DOW-UAP-D18, Mission Report, Iraq, December 2022
Agency: Department of War
Incident date: 12/1/22
Incident location: Iraq
Page 2
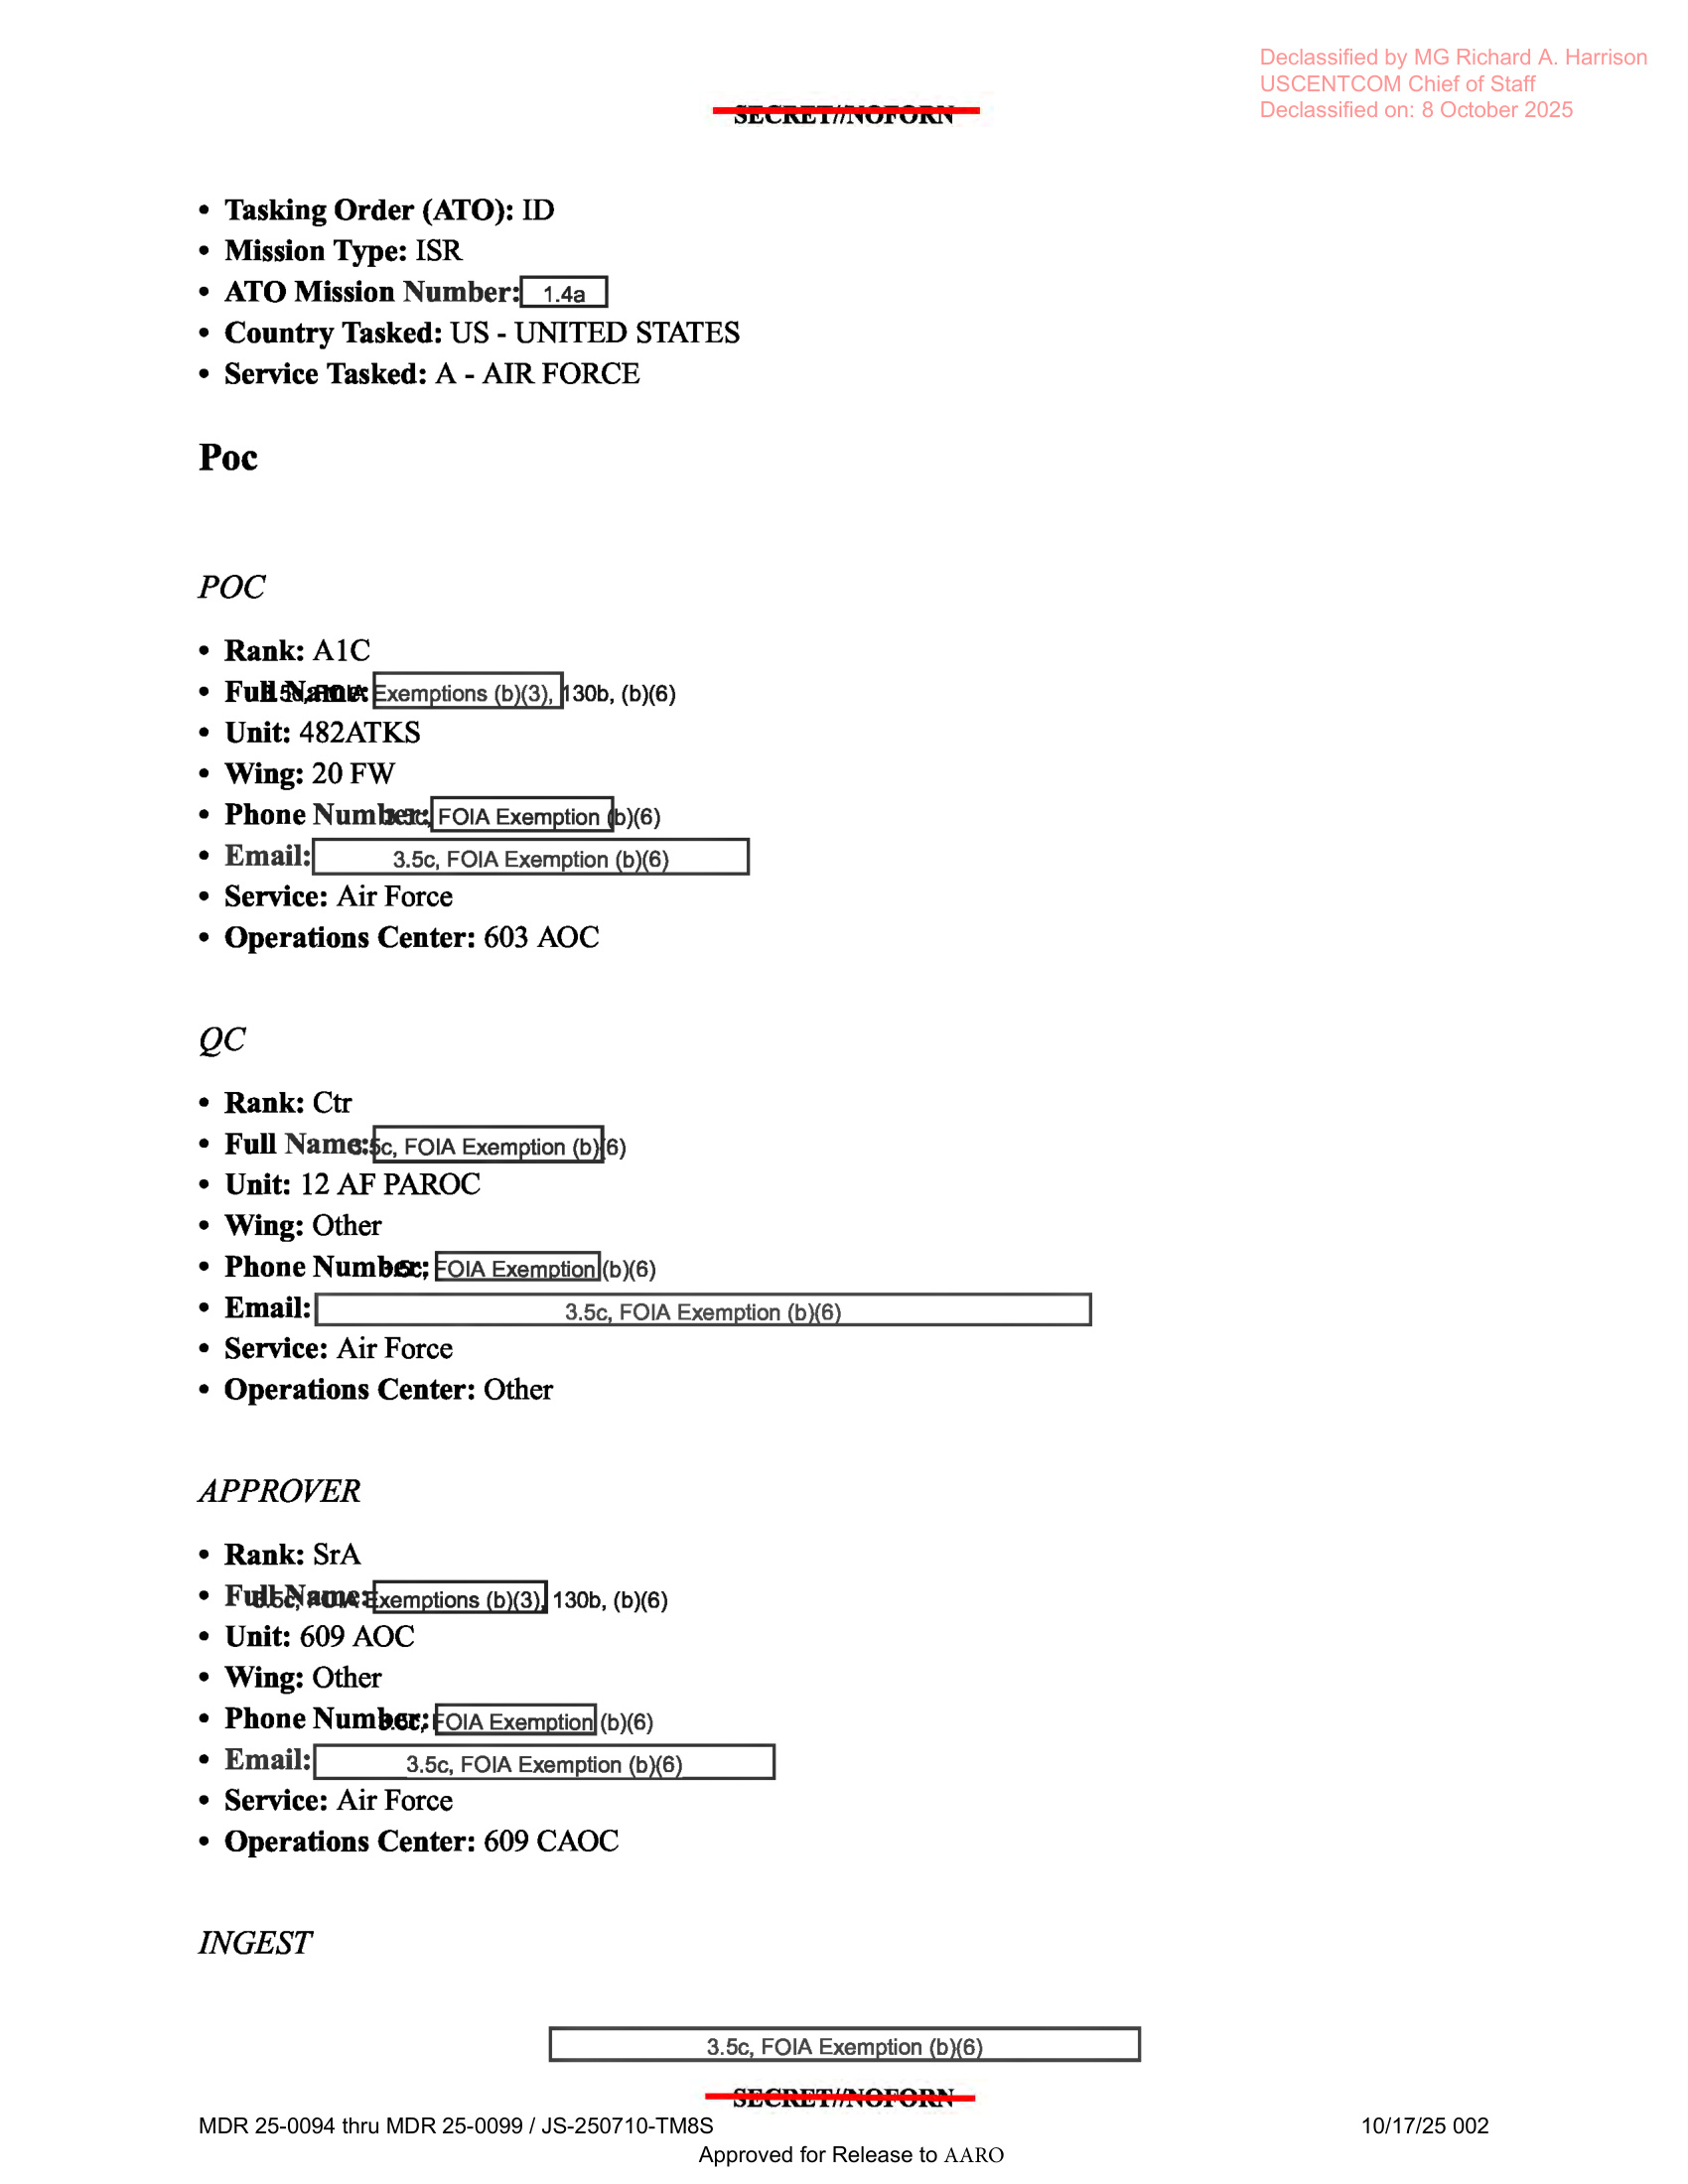